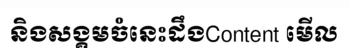
និងសង្គមចំនេះដឹងContent មើល